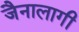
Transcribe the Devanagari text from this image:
जैनालागी